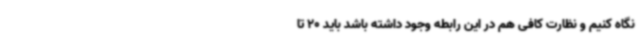
نگاه کنیم و نظارت کافی هم در این رابطه وجود داشته باشد باید 20 تا